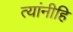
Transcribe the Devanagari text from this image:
त्यांनीहि